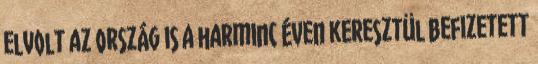
elvolt az ország is a harminc éven keresztül befizetett